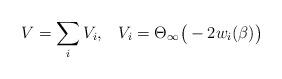
LaTeX: \begin{align*}V = \sum_i V_i,\; \; \; V_i = \Theta_\infty\big(- 2 w_i(\beta)\big)\end{align*}